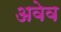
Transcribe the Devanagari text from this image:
अवेव